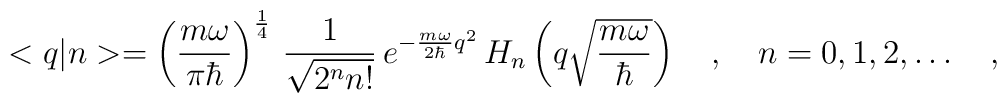
<q|n>=\left(\frac{m\omega}{\pi\hbar}\right)^{\frac{1}{4}}\,\frac{1}{\sqrt{2^n n!}}\,e^{-\frac{m\omega}{2\hbar}q^2}\,H_n\left(q\sqrt{\frac{m\omega}{\hbar}}\right)\ \ \ ,\ \ \ n=0,1,2,\dots\ \ \ ,